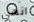
انهي